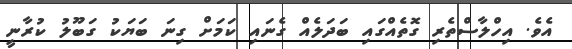
އެވެ. އިހްލާސްތެރި ގޮތެއްގައި ބަދަލެއް ގެނައި ކަމަށް ގިނަ ބަޔަކު ގަބޫލު ކުރާނީ